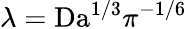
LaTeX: \lambda=\textrm{Da}^{1/3}\pi^{-1/6}